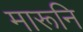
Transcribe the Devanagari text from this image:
मारूनि